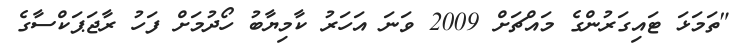
"ތަމަޅަ ޓައިގަރުންގެ މައްޗަށް 2009 ވަނަ އަހަރު ކާމިޔާބު ހޯދުމަށް ފަހު ރާޖަޕަކްސާގެ